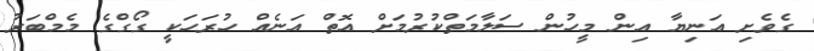
ގެވެށި އަނިޔާ އިން މީހުން ސަލާމަތްކުރުމަށް އޮތް އަނެއް ހުރަހަކީ ގޯގްގެ މެމްބަރު